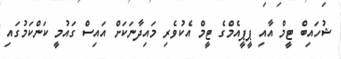
ޝުހައިބް ޓީމް އާއި ޕީޕީއެމްގެ ޓީމް އެކުވެރި މައިދާނަކަށް އައިސް ގައުމީ ކަންކަމުގައި